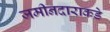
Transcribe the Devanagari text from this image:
जमीनदाराकडे